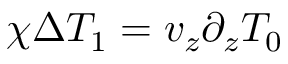
\chi \Delta T _ { 1 } = v _ { z } \partial _ { z } T _ { 0 }